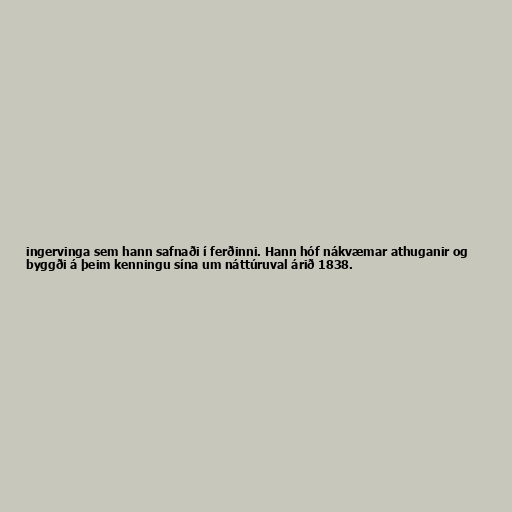
ingervinga sem hann safnaði í ferðinni. Hann hóf nákvæmar athuganir og
byggði á þeim kenningu sína um náttúruval árið 1838.